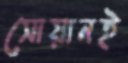
সোয়ানই